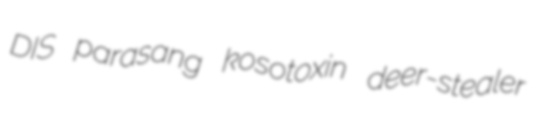
DIS parasang kosotoxin deer-stealer